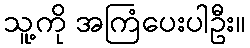
သူ့ကို အကြံပေးပါဦး။